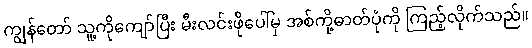
ကျွန်တော် သူ့ကိုကျော်ပြီး မီးလင်းဖိုပေါ်မှ အစ်ကို့ဓာတ်ပုံကို ကြည့်လိုက်သည်။